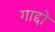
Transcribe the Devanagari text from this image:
गाद्दो